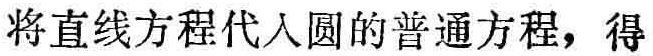
将直线方程代入圆的普通方程，得